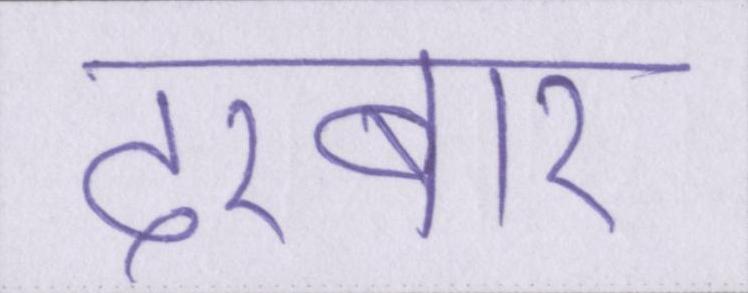
दरबार